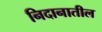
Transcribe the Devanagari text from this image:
निदानातील